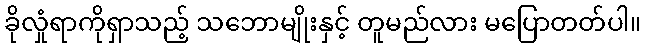
ခိုလှုံရာကိုရှာသည့် သဘောမျိုးနှင့် တူမည်လား မပြောတတ်ပါ။